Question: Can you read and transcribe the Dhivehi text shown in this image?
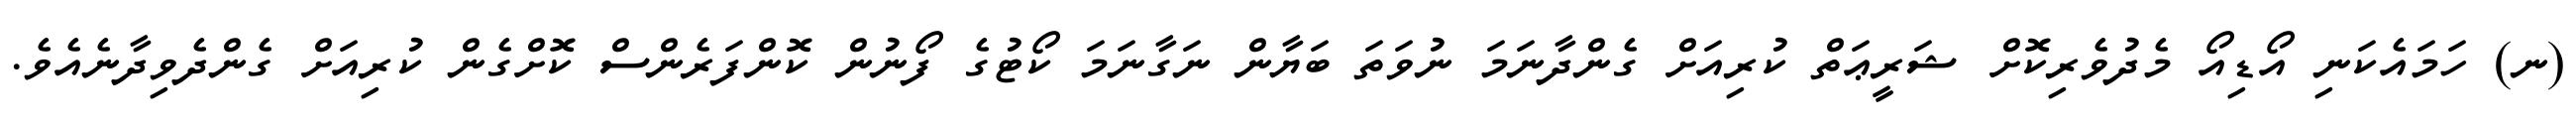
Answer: (ނ) ހަމައެކަނި އޯޑިއޯ މެދުވެރިކޮށް ޝަރީޢަތް ކުރިއަށް ގެންދާނަމަ ނުވަތަ ބަޔާން ނަގާނަމަ ކޯޓުގެ ފޯނުން ކޮންފަރެންސް ކޮށްގެން ކުރިއަށް ގެންދެވިދާނެއެވެ.